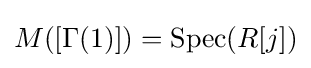
M([\Gamma (1)])=\mathrm {Spec} (R[j])